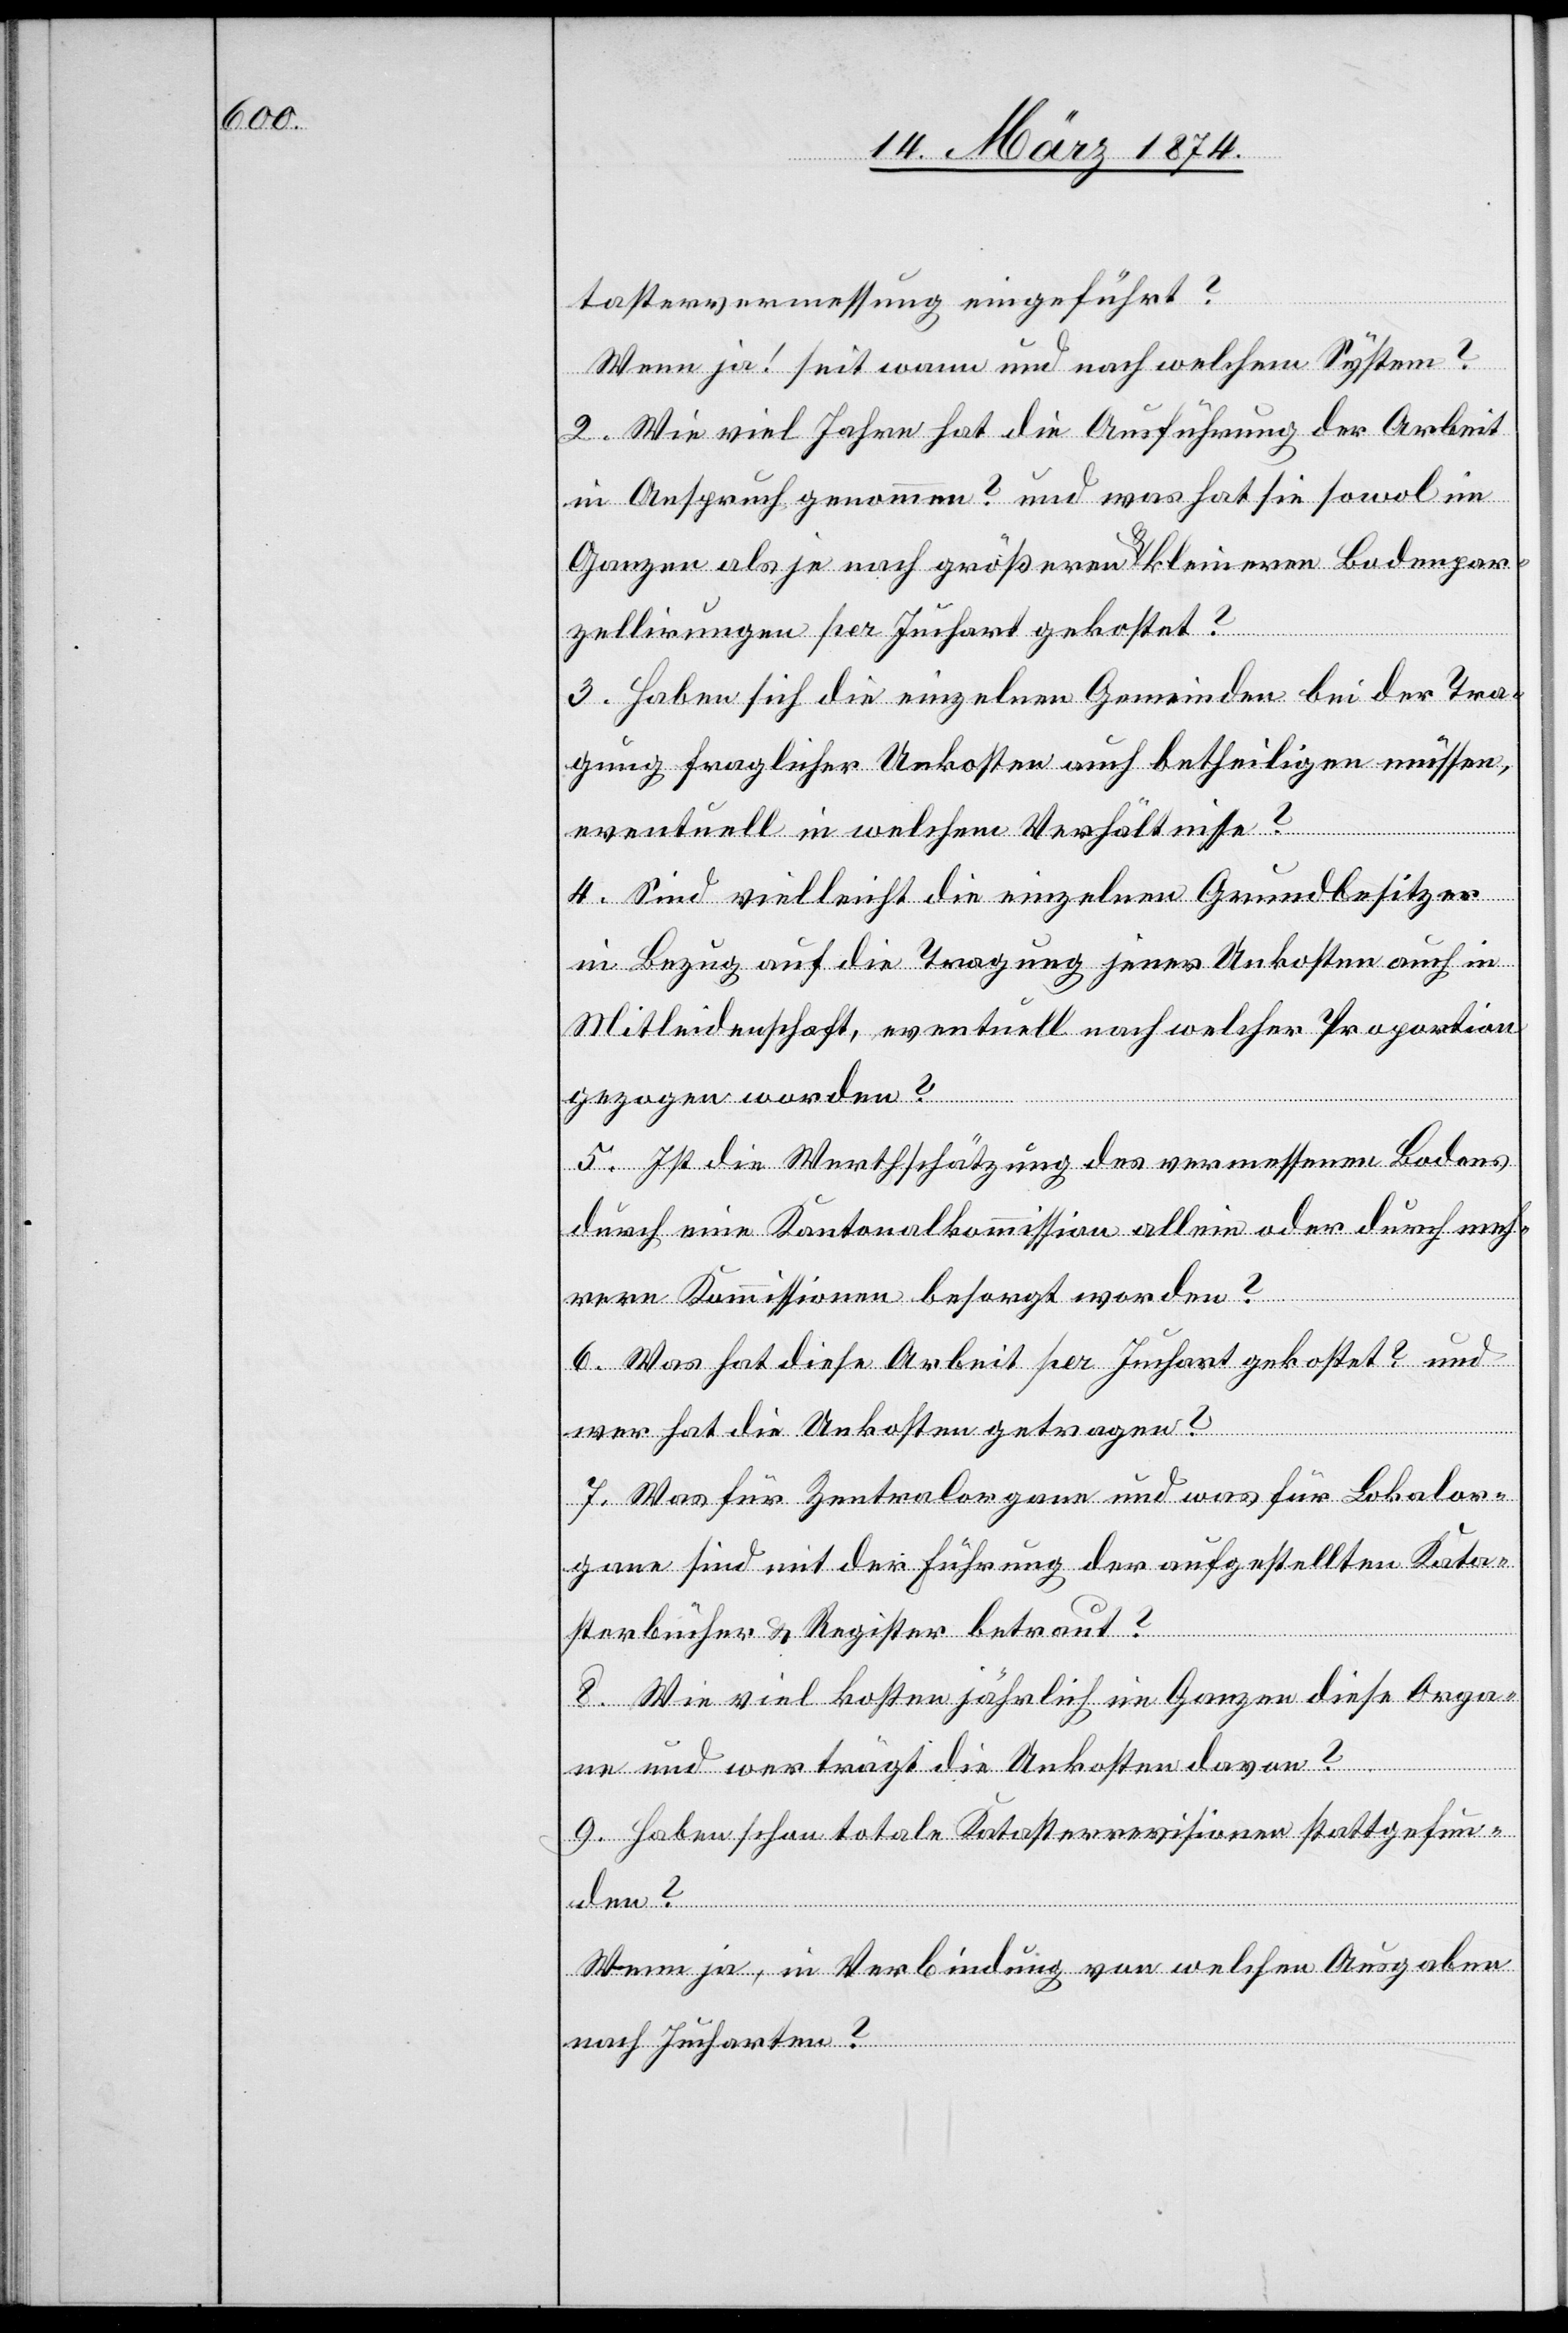
tastervermessung eingeführt?
Wenn ja! seit wann und nach welchem System?
2. Wie viel Jahre hat die Ausführung der Arbeit
in Anspruch genommen? und was hat sie sowol im
Ganzen als je nach größeren u. kleineren Bodenpar¬
zellirungen per Juchart gekostet?
3. Haben sich die einzelnen Gemeinden bei der Tra¬
gung fraglicher Unkosten auch betheiligen müssen,
eventuell in welchem Verhältnisse?
4. Sind vielleicht die einzelnen Grundbesitzer
in Bezug auf die Tragung jener Unkosten auch in
Mitleidenschaft, eventuell nach welcher Proportion
gezogen worden?
5. Ist die Wertschätzung des ermessenen Bodens
durch eine Kantonalkommission allein oder durch meh¬
rere Kommissionen besorgt worden?
6. Was hat diese Arbeit per Juchart gekostet? und
den?
wer hat die Unkosten getragen?
7. Was für Zentralorgane und was für Lokalor¬
gane sind mit der Führung der aufgestellten Kata¬
sterbücher u. Register betraut?
8. Wie viel kosten jährlich im ganzen diese Orga¬
ne und wer trägt die Unkosten davon?
9. Haben schon totale Katasterrevisionen stattgefun¬
Wenn ja, in Verbindung von welchen Ausgaben
nach Jucharten?